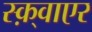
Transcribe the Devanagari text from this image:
स्क़्वाएर